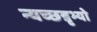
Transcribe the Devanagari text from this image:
न्यच्छन्नृभ्यो